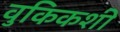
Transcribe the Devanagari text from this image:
वुकिकशी